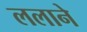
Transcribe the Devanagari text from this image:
ललाने